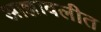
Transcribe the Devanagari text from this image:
आज्ञावलीत